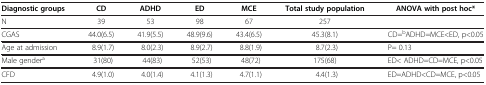
<table><thead><tr><td><b>Diagnostic groups</b></td><td><b>CD</b></td><td><b>ADHD</b></td><td><b>ED</b></td><td><b>MCE</b></td><td><b>Total study population</b></td><td><b>ANOVA with post hoc*</b></td></tr></thead><tbody><tr><td>N</td><td>39</td><td>53</td><td>98</td><td>67</td><td>257</td><td> </td></tr><tr><td>CGAS</td><td>44.0(6.5)</td><td>41.9(5.5)</td><td>48.9(9.6)</td><td>43.4(6.5)</td><td>45.3(8.1)</td><td>CD=<sup>b</sup>ADHD=MCE&lt;ED, p&lt;0.05</td></tr><tr><td>Age at admission</td><td>8.9(1.7)</td><td>8.0(2.3)</td><td>8.9(2.7)</td><td>8.8(1.9)</td><td>8.7(2.3)</td><td>P= 0.13</td></tr><tr><td>Male gender<sup>a</sup></td><td>31(80)</td><td>44(83)</td><td>52(53)</td><td>48(72)</td><td>175(68)</td><td>ED&lt; ADHD=CD=MCE, p&lt;0.05</td></tr><tr><td>CFD</td><td>4.9(1.0)</td><td>4.0(1.4)</td><td>4.1(1.3)</td><td>4.7(1.1)</td><td>4.4(1.3)</td><td>ED=ADHD&lt;CD=MCE, p&lt;0.05</td></tr></tbody></table>